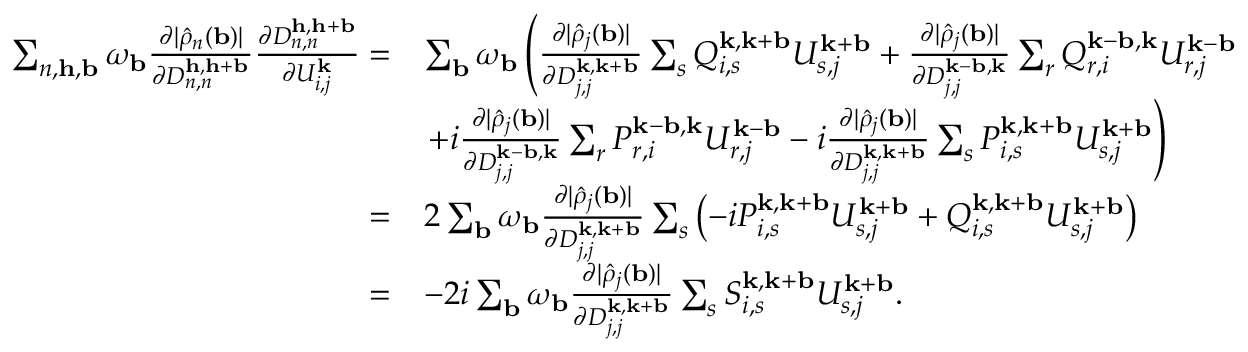
\begin{array} { r l } { \sum _ { n , \mathbf { h } , \mathbf { b } } \omega _ { \mathbf { b } } \frac { \partial | \hat { \rho } _ { n } ( \mathbf { b } ) | } { \partial D _ { n , n } ^ { \mathbf { h } , \mathbf { h } + \mathbf { b } } } \frac { \partial D _ { n , n } ^ { \mathbf { h } , \mathbf { h } + \mathbf { b } } } { \partial U _ { i , j } ^ { \mathbf { k } } } = } & { \sum _ { \mathbf { b } } \omega _ { \mathbf { b } } \left( \frac { \partial | \hat { \rho } _ { j } ( \mathbf { b } ) | } { \partial D _ { j , j } ^ { \mathbf { k } , \mathbf { k } + \mathbf { b } } } \sum _ { s } Q _ { i , s } ^ { \mathbf { k } , \mathbf { k } + \mathbf { b } } U _ { s , j } ^ { \mathbf { k } + \mathbf { b } } + \frac { \partial | \hat { \rho } _ { j } ( \mathbf { b } ) | } { \partial D _ { j , j } ^ { \mathbf { k } - \mathbf { b } , \mathbf { k } } } \sum _ { r } Q _ { r , i } ^ { \mathbf { k } - \mathbf { b } , \mathbf { k } } U _ { r , j } ^ { \mathbf { k } - \mathbf { b } } \right. } \\ & { \left. + i \frac { \partial | \hat { \rho } _ { j } ( \mathbf { b } ) | } { \partial D _ { j , j } ^ { \mathbf { k } - \mathbf { b } , \mathbf { k } } } \sum _ { r } P _ { r , i } ^ { \mathbf { k } - \mathbf { b } , \mathbf { k } } U _ { r , j } ^ { \mathbf { k } - \mathbf { b } } - i \frac { \partial | \hat { \rho } _ { j } ( \mathbf { b } ) | } { \partial D _ { j , j } ^ { \mathbf { k } , \mathbf { k } + \mathbf { b } } } \sum _ { s } P _ { i , s } ^ { \mathbf { k } , \mathbf { k } + \mathbf { b } } U _ { s , j } ^ { \mathbf { k } + \mathbf { b } } \right) } \\ { = } & { 2 \sum _ { \mathbf { b } } \omega _ { \mathbf { b } } \frac { \partial | \hat { \rho } _ { j } ( \mathbf { b } ) | } { \partial D _ { j , j } ^ { \mathbf { k } , \mathbf { k } + \mathbf { b } } } \sum _ { s } \left( - i P _ { i , s } ^ { \mathbf { k } , \mathbf { k } + \mathbf { b } } U _ { s , j } ^ { \mathbf { k } + \mathbf { b } } + Q _ { i , s } ^ { \mathbf { k } , \mathbf { k } + \mathbf { b } } U _ { s , j } ^ { \mathbf { k } + \mathbf { b } } \right) } \\ { = } & { - 2 i \sum _ { \mathbf { b } } \omega _ { \mathbf { b } } \frac { \partial | \hat { \rho } _ { j } ( \mathbf { b } ) | } { \partial D _ { j , j } ^ { \mathbf { k } , \mathbf { k } + \mathbf { b } } } \sum _ { s } S _ { i , s } ^ { \mathbf { k } , \mathbf { k } + \mathbf { b } } U _ { s , j } ^ { \mathbf { k } + \mathbf { b } } . } \end{array}